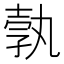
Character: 𭐓